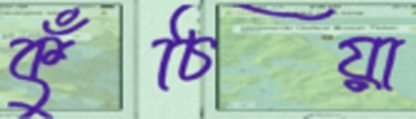
কুঁচিয়া